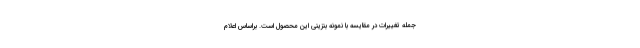
جمله تغییرات در مقایسه با نمونه بنزینی این محصول است. براساس اعلام